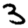
Digit: 3